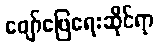
ဖျော်ဖြေရေးဆိုင်ရာ